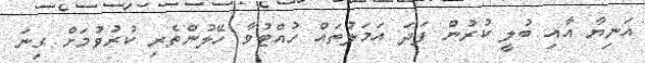
އަނިޔާ އާއި ބުލީ ކުރުން ފަދަ އަމަލުތައް ހުއްޓުވާ ހޭލުންތެރި ކުރުވުމަށް ގިނަ